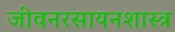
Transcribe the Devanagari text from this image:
जीवनरसायनशास्त्र